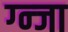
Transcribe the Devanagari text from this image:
ग्न्जा